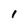
Character: 1